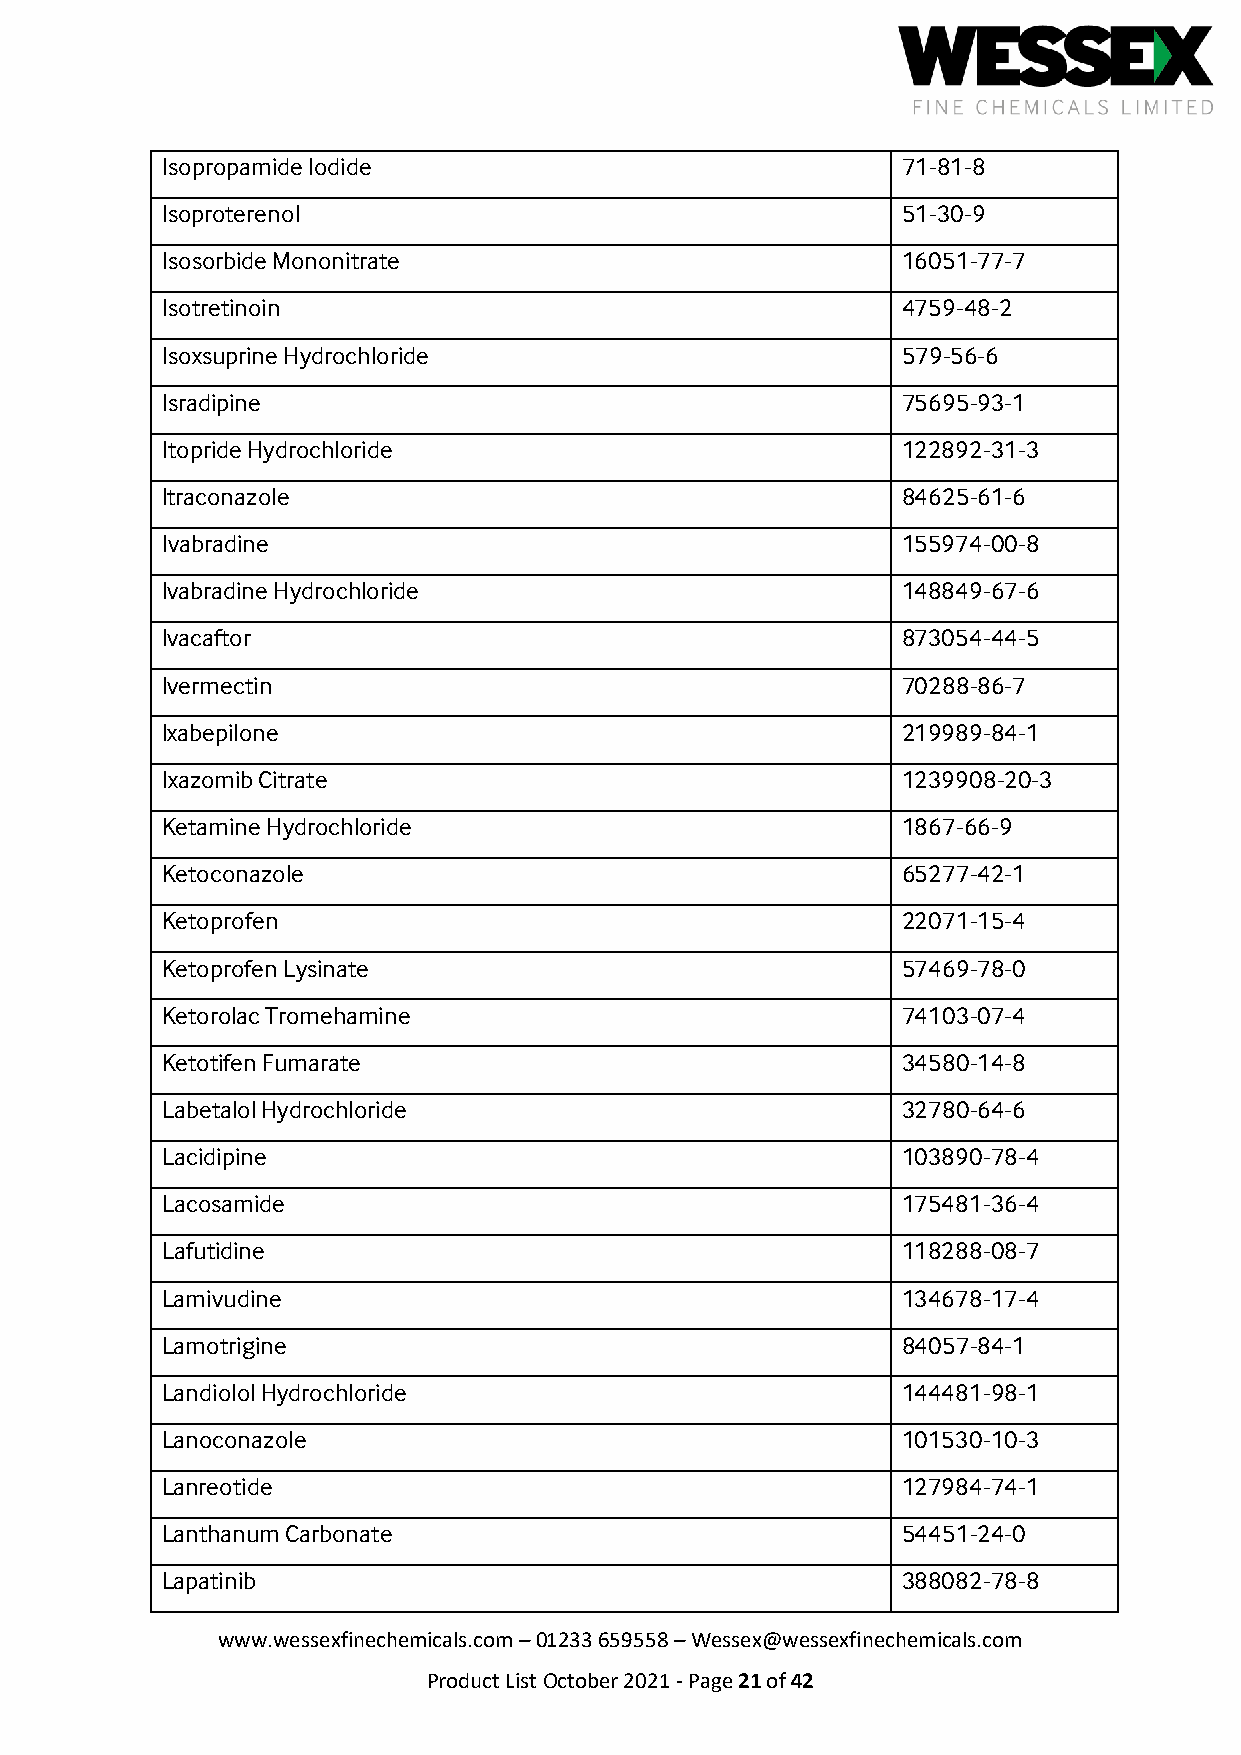
Isopropamide Iodide                              71-81-8
 Isoproterenol                                    51-30-9
 Isosorbide Mononitrate                           16051-77-7
 Isotretinoin                                     4759-48-2
 Isoxsuprine Hydrochloride                        579-56-6
 Isradipine                                       75695-93-1
 Itopride Hydrochloride                           122892-31-3
 Itraconazole                                     84625-61-6
 Ivabradine                                       155974-00-8
 Ivabradine Hydrochloride                         148849-67-6
 Ivacaftor                                        873054-44-5
 Ivermectin                                       70288-86-7
 Ixabepilone                                      219989-84-1
 Ixazomib Citrate                                 1239908-20-3
 Ketamine Hydrochloride                           1867-66-9
 Ketoconazole                                     65277-42-1
 Ketoprofen                                       22071-15-4
 Ketoprofen Lysinate                              57469-78-0
 Ketorolac Tromehamine                            74103-07-4
 Ketotifen Fumarate                               34580-14-8
 Labetalol Hydrochloride                          32780-64-6
 Lacidipine                                       103890-78-4
 Lacosamide                                       175481-36-4
 Lafutidine                                       118288-08-7
 Lamivudine                                       134678-17-4
 Lamotrigine                                      84057-84-1
 Landiolol Hydrochloride                          144481-98-1
 Lanoconazole                                     101530-10-3
 Lanreotide                                       127984-74-1
 Lanthanum Carbonate                              54451-24-0
 Lapatinib                                        388082-78-8
 www.wessexfinechemicals.com – 01233 659558 – Wessex@wessexfinechemicals.com
 Product List October 2021 - Page 21 of 42